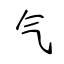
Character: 气